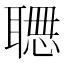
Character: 𱻾